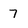
Character: 7